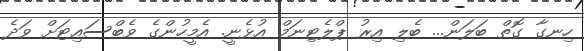
ހިނގާ ގޮތް ބަލަން... ބެލި އިރު ޕްލެޓިނަމް އުޅެނީ. އެމީހުންގެ ވެބްސައިޓަށް ވަދެ